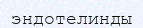
эндотелинды